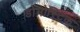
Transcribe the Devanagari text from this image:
डोमोस्टिक